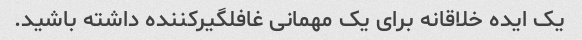
یک ایده خلاقانه برای یک مهمانی غافلگیرکننده داشته باشید.